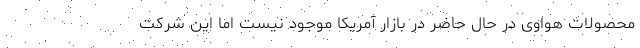
محصولات هواوی در حال حاضر در بازار آمریکا موجود نیست اما این شرکت